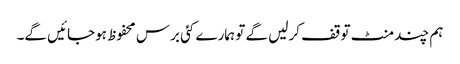
ہم چند منٹ توقف کرلیں گے تو ہمارے کئی برس محفوظ ہوجائیں گے۔